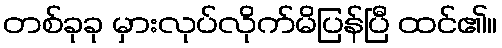
တစ်ခုခု မှားလုပ်လိုက်မိပြန်ပြီ ထင်၏။